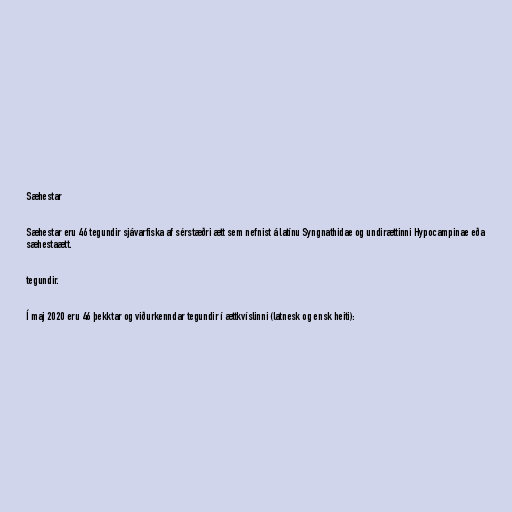
Sæhestar

Sæhestar eru 46 tegundir sjávarfiska af sérstæðri ætt sem nefnist á latínu Syngnathidae og undirættinni Hypocampinae eða
sæhestaætt.

tegundir.

Í maj 2020 eru 46 þekktar og viðurkenndar tegundir í ættkvíslinni (latnesk og ensk heiti):